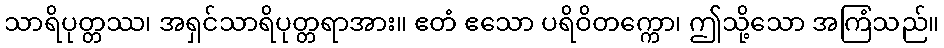
သာရိပုတ္တဿ၊ အရှင်သာရိပုတ္တရာအား။ ဧတံ ဧသော ပရိဝိတက္ကော၊ ဤသို့သော အကြံသည်။